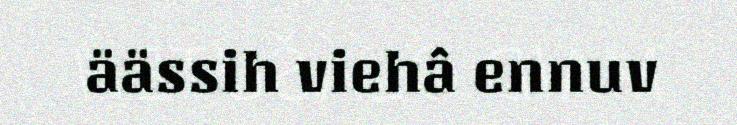
äässih viehâ ennuv